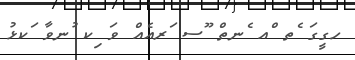
ހގީގަ ެތ ްއ ެނތް ޫސ ަރއެއް ވަ ިކ ުނވާ ަކޅު